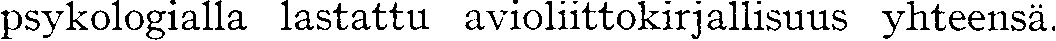
psykologialla lastattu avioliittokirjallisuus yhteensä.